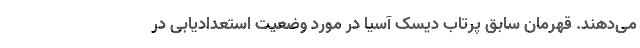
می‌دهند. قهرمان سابق پرتاب دیسک آسیا در مورد وضعیت استعدادیابی در